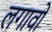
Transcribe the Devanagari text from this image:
लगावों